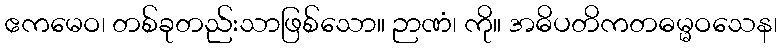
ဧကမေဝ၊ တစ်ခုတည်းသာဖြစ်သော။ ဉာဏံ၊ ကို။ အဓိပတိကတဓမ္မဝသေန၊